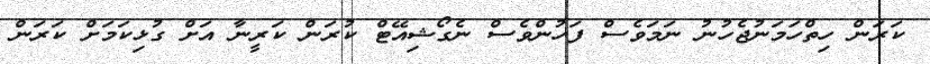
ކަރަން ހިތްހަމަނުޖެހުނު ނަމަވެސް ފަހުންވެސް ނެގޯޝިއޭޓް ކުރަން ކަރީނާ އަށް ގުޅިކަމަށް ކަރަން